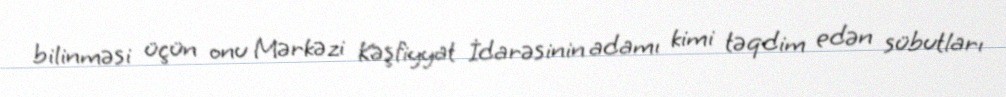
bilinməsi üçün onu Mərkəzi Kəşfiyyat İdarəsinin adamı kimi təqdim edən sübutları